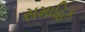
સમાહિક